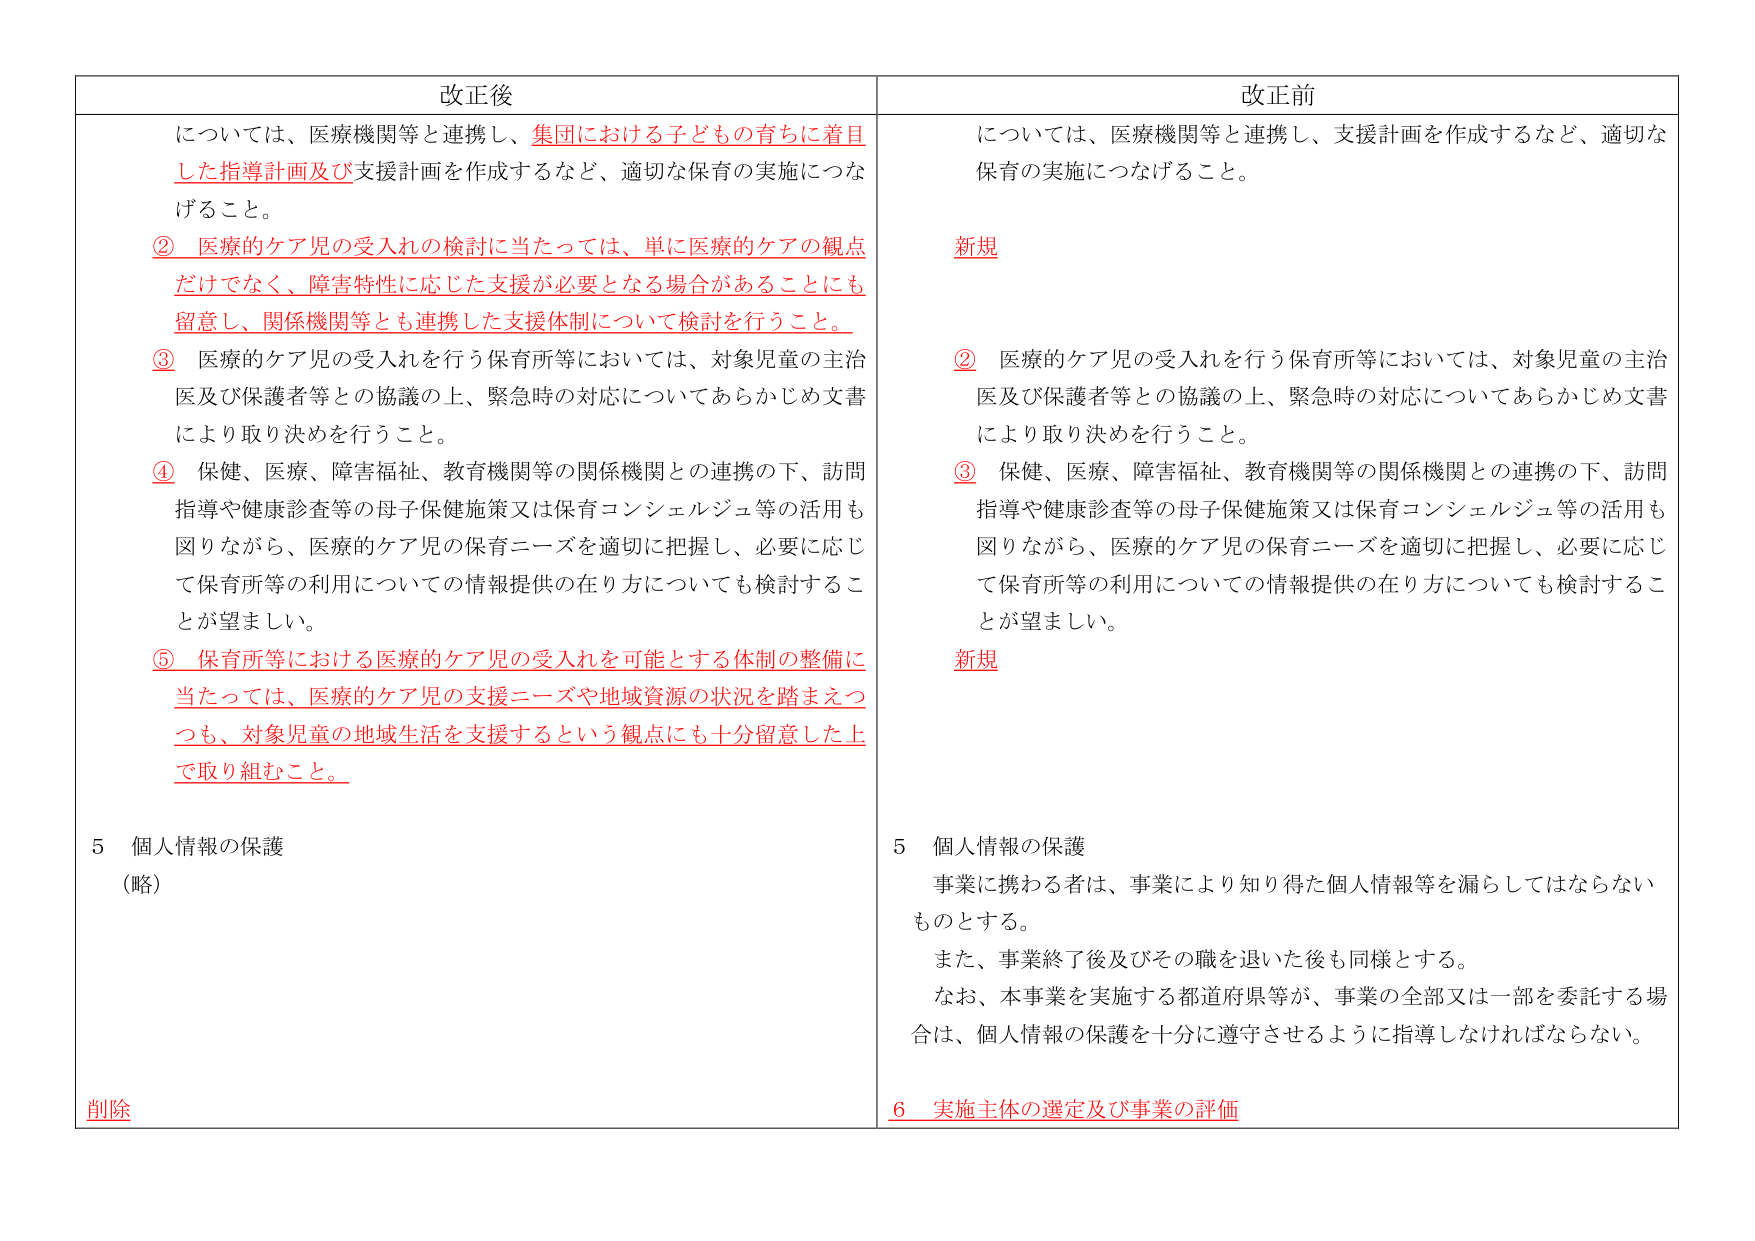
改正後
については、医療機関等と連携し、集団における子どもの育ちに着目した指導計画及び支援計画を作成するなど、適切な保育の実施につなげること。
② 医療的ケア児の受入れの検討に当たっては、単に医療的ケアの観点だけでなく、障害特性に応じた支援が必要となる場合があることにも留意し、関係機関等とも連携した支援体制について検討を行うこと。
③ 医療的ケア児の受入れを行う保育所等においては、対象児童の主治医及び保護者等との協議の上、緊急時の対応についてあらかじめ文書により取り決めを行うこと。
④ 保健、医療、障害福祉、教育機関等の関係機関との連携の下、訪問指導や健康診査等の母子保健施策又は保育コンシェルジュ等の活用も図りながら、医療的ケア児の保育ニーズを適切に把握し、必要に応じて保育所等の利用についての情報提供の在り方についても検討することが望ましい。
⑤ 保育所等における医療的ケア児の受入れを可能とする体制の整備に当たっては、医療的ケア児の支援ニーズや地域資源の状況を踏まえつつも、対象児童の地域生活を支援するという観点にも十分留意した上で取り組むこと。
5 個人情報の保護
（略）
削除

改正前
については、医療機関等と連携し、支援計画を作成するなど、適切な保育の実施につなげること。
新規
② 医療的ケア児の受入れを行う保育所等においては、対象児童の主治医及び保護者等との協議の上、緊急時の対応についてあらかじめ文書により取り決めを行うこと。
③ 保健、医療、障害福祉、教育機関等の関係機関との連携の下、訪問指導や健康診査等の母子保健施策又は保育コンシェルジュ等の活用も図りながら、医療的ケア児の保育ニーズを適切に把握し、必要に応じて保育所等の利用についての情報提供の在り方についても検討することが望ましい。
新規
5 個人情報の保護
事業に携わる者は、事業により知り得た個人情報等を漏らしてはならないものとする。
また、事業終了後及びその職を退いた後も同様とする。
なお、本事業を実施する都道府県等が、事業の全部又は一部を委託する場合は、個人情報の保護を十分に遵守させるように指導しなければならない。
6 実施主体の選定及び事業の評価